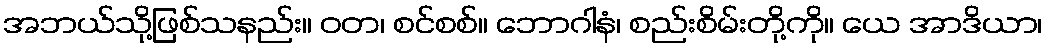
အဘယ်သို့ဖြစ်သနည်း။ ဝတ၊ စင်စစ်။ ဘောဂါနံ၊ စည်းစိမ်းတို့ကို။ ယေ အာဒိယာ၊